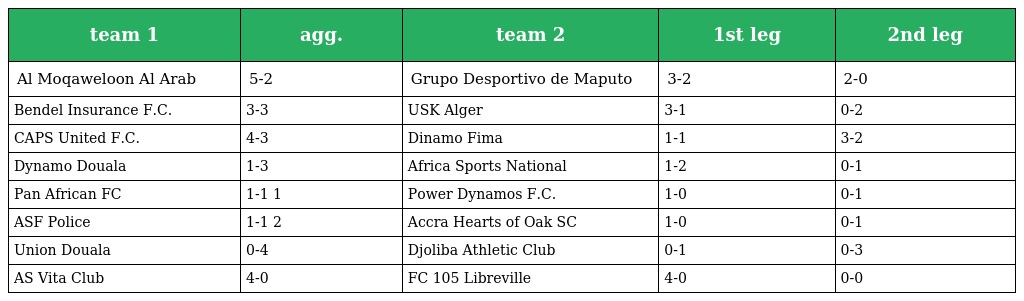
| team 1 | agg. | team 2 | 1st leg | 2nd leg |
 | --- | --- | --- | --- | --- |
 | Al Moqaweloon Al Arab | 5-2 | Grupo Desportivo de Maputo | 3-2 | 2-0 |
 | Bendel Insurance F.C. | 3-3 | USK Alger | 3-1 | 0-2 |
 | CAPS United F.C. | 4-3 | Dinamo Fima | 1-1 | 3-2 |
 | Dynamo Douala | 1-3 | Africa Sports National | 1-2 | 0-1 |
 | Pan African FC | 1-1 1 | Power Dynamos F.C. | 1-0 | 0-1 |
 | ASF Police | 1-1 2 | Accra Hearts of Oak SC | 1-0 | 0-1 |
 | Union Douala | 0-4 | Djoliba Athletic Club | 0-1 | 0-3 |
 | AS Vita Club | 4-0 | FC 105 Libreville | 4-0 | 0-0 |